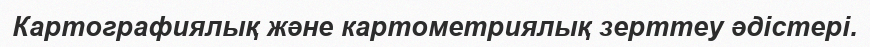
Картографиялық және картометриялық зерттеу әдістері.